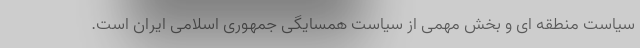
سیاست منطقه ای و بخش مهمی از سیاست همسایگی جمهوری اسلامی ایران است.